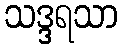
သဒ္ဒရသာ